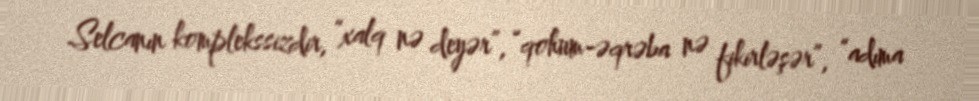
Selcanın komplekssizdir, “xalq nə deyər”, “qohum-əqrəba nə fikirləşər”, “adıma